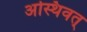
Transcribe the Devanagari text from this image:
अस्थिवत्